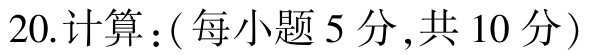
20.计算：( 每小题 5 分 ,共 10 分 )